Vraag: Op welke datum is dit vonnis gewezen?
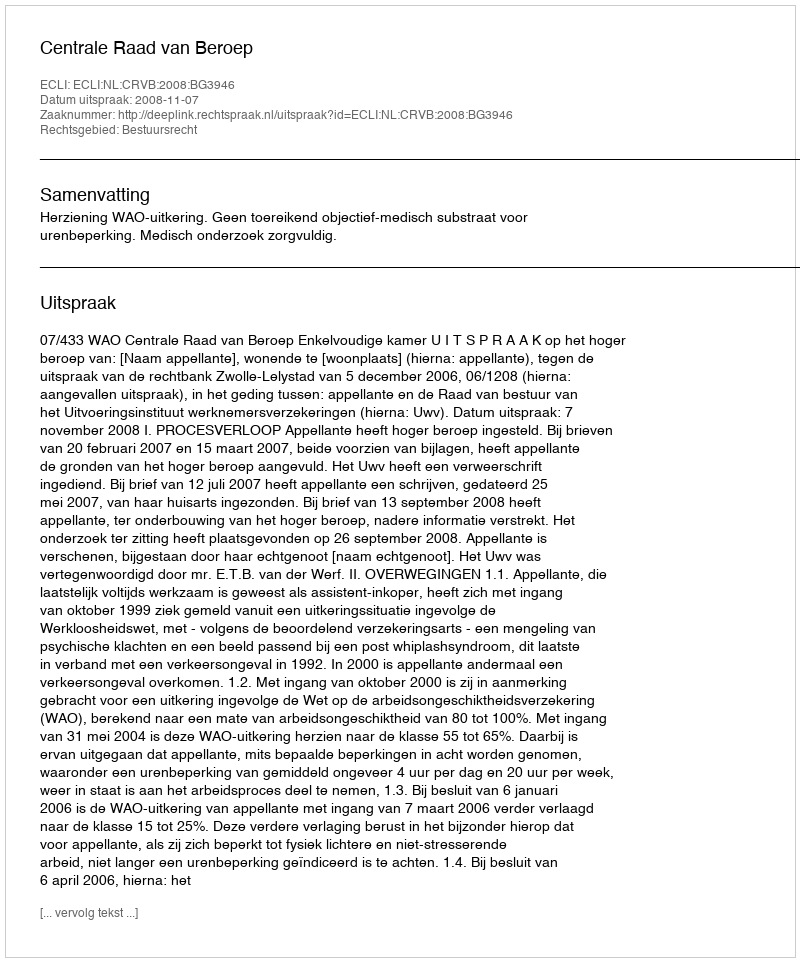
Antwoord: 2008-11-07